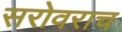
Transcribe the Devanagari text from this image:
सरोवराच